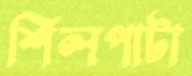
শিলপাটা